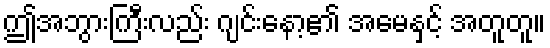
ဤအဘွားကြီးလည်း ဂျင်းနော့၏ အမေနှင့် အတူတူ။